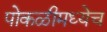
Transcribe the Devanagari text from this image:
पोकळीमध्येच